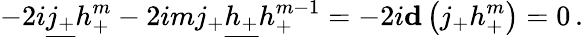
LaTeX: -2i\underline{{{j_{+}}}}h_{+}^{m}-2imj_{+}\underline{{{h_{+}}}}h_{+}^{m-1}=-2i{\mathbf d}\left(j_{+}h_{+}^{m}\right)=0\, .